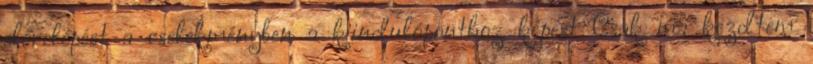
előrelépést a cselekményben a kiindulóponthoz képest Csak ma kezdtem